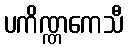
ပကိဏ္ဏကေသီ